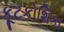
કૂટકોશિકા